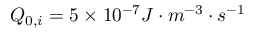
Q _ { 0 , i } = 5 \times 1 0 ^ { - 7 } J \cdot m ^ { - 3 } \cdot s ^ { - 1 }